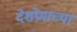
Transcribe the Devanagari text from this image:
देशप्रेमाच्या